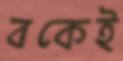
বকেই